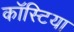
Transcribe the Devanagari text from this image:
कॉस्टिया